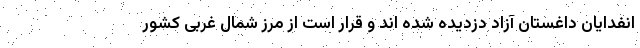
انفدایان داغستان آزاد دزدیده شده اند و قرار است از مرز شمال غربی کشور